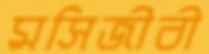
মসিজীবী